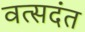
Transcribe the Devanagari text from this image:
वत्सदंत